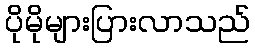
ပိုမိုများပြားလာသည်